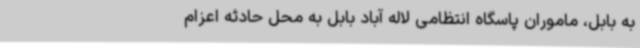
به بابل، ماموران پاسگاه انتظامی لاله آباد بابل به محل حادثه اعزام